Circular to managers of schools not under school boards. Audit of accounts, 1910
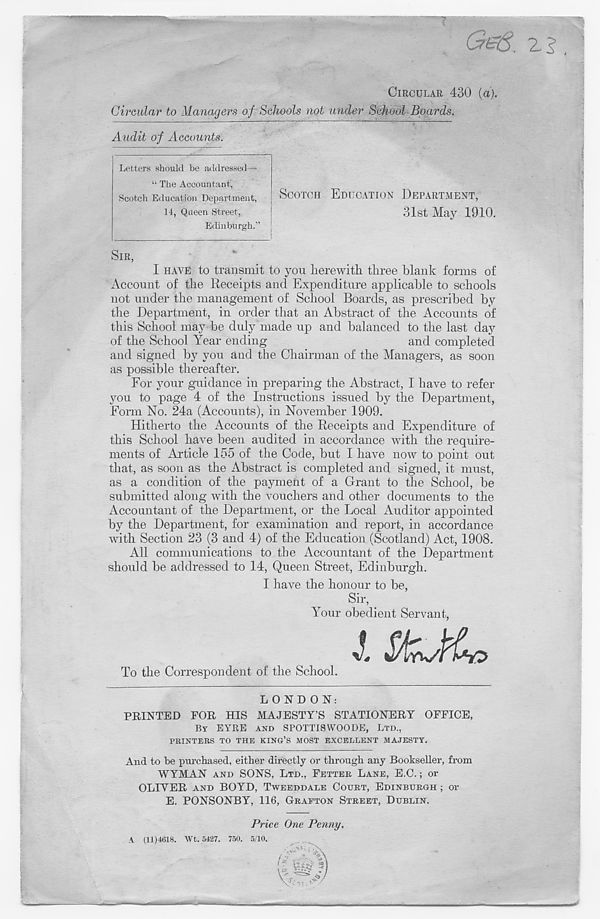
• ^5.
CIRCULAR 430 (a).
Circular to Managers of Schools not under School Boards.
Audit of Accounts.
SCOTCH EDUCATION DEPARTMENT,
31st May 1910.
SIR,
I HAVE to transmit to you herewith three blank forms of
Account of the Receipts and Expenditure applicable to schools
not under the management of School Boards, as prescribed by
the Department, in order that an Abstract of the Accounts of
this School may be duly made up and balanced to the last day
of the School Year ending
and completed
and signed by you and the Chairman of the Managers, as soon
as possible thereafter.
For your guidance in preparing the Abstract, I have to refer
you to page 4 of the Instructions issued by the Department,
Form No. 24a (Accounts), in November 1909.
Hitherto the Accounts of the Receipts and Expenditure of
this School have been audited in accordance with the require-
ments of Article 155 of the Code, but I have now to point out
that, as soon as the Abstract is completed and signed, it must,
as a condition of the payment of a Grant to the School, be
submitted along with the vouchers and other documents to the
Accountant of the Department, or the Local Auditor appointed
by the Department, for examination and report, in accordance
with Section 23 (3 and 4) of the Education (Scotland) Act, 1908.
All communications to the Accountant of the Department
should be addressed to 14, Queen Street, Edinburgh.
I have the honour to be,
Sir,
Your obedient Servant,
1 SksPh,
To the Correspondent of the School.
Letters should be addressed—
“ The Accountant',
Scotch Education Department,
14, Queen Street,
Edinburgh.”
LONDON:
PRINTED FOR HIS MAJESTY’S STATIONERY OFFICE,
BY EYRE AND SPOTTISWOODE, LTD.,
PRINTERS TO THE KING’S MOST EXCELLENT MAJESTY.
And to be purchased, either directly or through any Bookseller, from
WYMAN AND SONS, LTD., FETTER LANE, E.C.; or
OLIVER AND BOYD, TWEEDDALE COURT, EDINBURGH ; or
E. PONSONBY, 116, GRAFTON STREET, DUBLIN.
Price One Penny.
(11)4618. Wt. 5427. 750. 5/10.